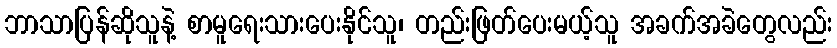
ဘာသာပြန်ဆိုသူနဲ့ စာမူရေးသားပေးနိုင်သူ၊ တည်းဖြတ်ပေးမယ့်သူ အခက်အခဲတွေလည်း